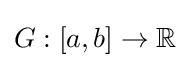
G:[a,b]\to \mathbb {R}